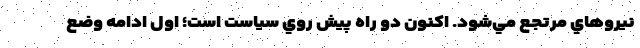
نيروهاي مرتجع مي‌شود. اكنون دو راه پيش روي سياست است؛ اول ادامه وضع